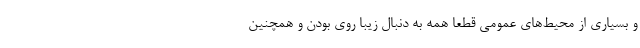
و بسیاری از محیط‌های عمومی قطعا همه به دنبال زیبا روی بودن و همچنین